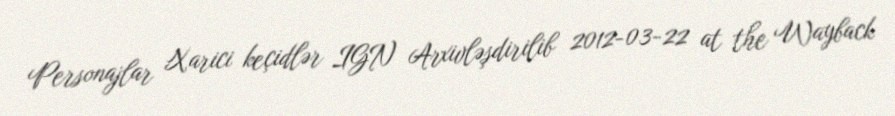
Personajlar Xarici keçidlər IGN Arxivləşdirilib 2012-03-22 at the Wayback